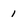
Character: 1